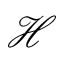
\mathcal { H }